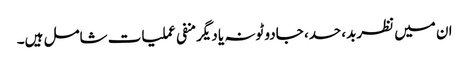
ان میں نظربد، حسد، جادو ٹونہ یا دیگرمنفی عملیات شامل ہیں۔